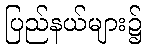
ပြည်နယ်များ၌